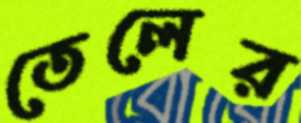
তেলের